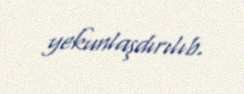
yekunlaşdırılıb.